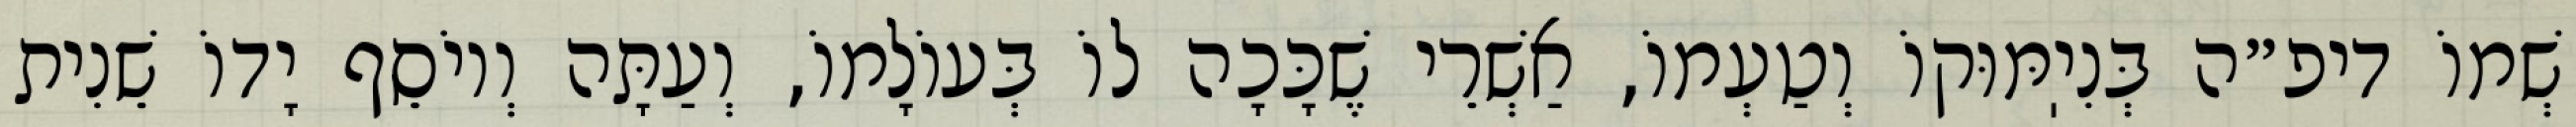
שְׁמוֹ דיפ״ה בְּנִיֽמּוּקוֹ וְטַעְמוֹ, אַשְׁרֵי שֶׁכָּכָה לוֹ בְּעוֹלָמוֹ, וְעַתָּה וְיוֹסֵף יָדוֹ שֵׁנִית